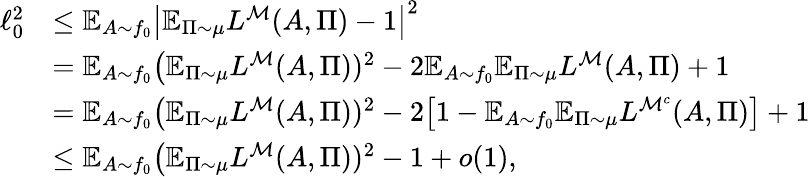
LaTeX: \begin{array}{rl}{\ell_{0}^{2}}&{\leq\mathbb{E}_{A\sim f_{0}}\bigl|\mathbb{E}_{\Pi\sim\mu}L^{\cal M}(A,\Pi)-1\bigr|^{2}}\\ &{=\mathbb{E}_{A\sim f_{0}}\bigl(\mathbb{E}_{\Pi\sim\mu}L^{\cal M}(A,\Pi))^{2}-2\mathbb{E}_{A\sim f_{0}}\mathbb{E}_{\Pi\sim\mu}L^{{\cal M}}(A,\Pi)+1}\\ &{=\mathbb{E}_{A\sim f_{0}}\bigl(\mathbb{E}_{\Pi\sim\mu}L^{\cal M}(A,\Pi))^{2}-2\bigl[1-\mathbb{E}_{A\sim f_{0}}\mathbb{E}_{\Pi\sim\mu}L^{{\cal M}^{c}}(A,\Pi)\bigr]+1}\\ &{\leq\mathbb{E}_{A\sim f_{0}}\bigl(\mathbb{E}_{\Pi\sim\mu}L^{\cal M}(A,\Pi))^{2}-1+o(1),}\end{array}